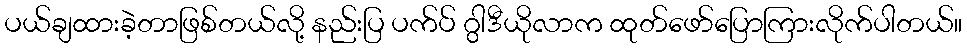
ပယ်ချထားခဲ့တာဖြစ်တယ်လို့ နည်းပြ ပက်ပ် ဂွါဒီယိုလာက ထုတ်ဖော်ပြောကြားလိုက်ပါတယ်။